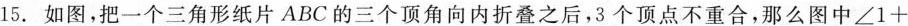
15. 如图，把一个三角形纸片ABC的三个顶角向内折叠之后，3个顶点不重合，那么图中$$∠ 1 +